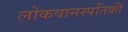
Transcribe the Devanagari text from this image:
लोकवानस्पतिकी